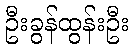
ဦးခွန်ထွန်းဦး